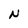
Character: N